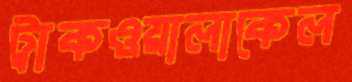
ট্রাকওয়ালাকেল